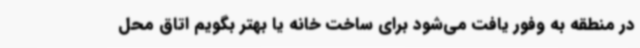
در منطقه به وفور یافت می‌شود برای ساخت خانه یا بهتر بگویم اتاق محل